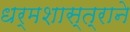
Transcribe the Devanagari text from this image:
धर्मशास्त्राने